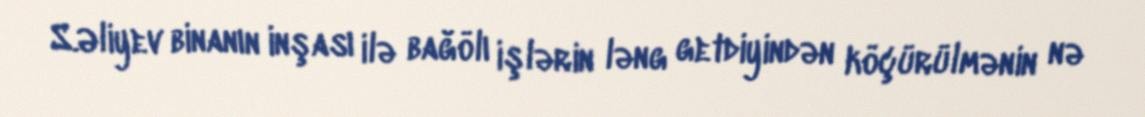
S.Əliyev binanın inşası ilə bağölı işlərin ləng getdiyindən köçürülmənin nə